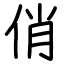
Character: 俏